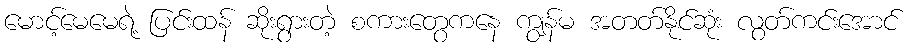
မောင့်မေမေရဲ့ ပြင်းထန် ဆိုးရွားတဲ့ စကားတွေကနေ ကျွန်မ အတတ်နိုင်ဆုံး လွတ်ကင်းအောင်